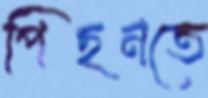
পিছনতে